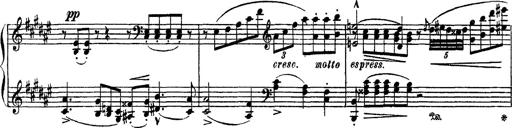
Title: Apparitions
Composer: Franz Liszt